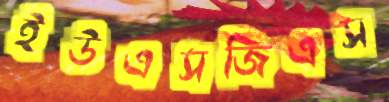
ইউএসজিএস